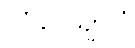
ဂင်္ဂါပေယျာလံ